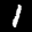
Label: 1